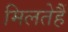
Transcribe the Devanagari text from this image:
मिलतेहैं